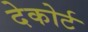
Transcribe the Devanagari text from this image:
देकोर्ट